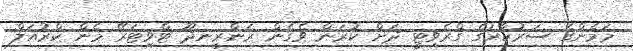
މަމެންގެ ސަރުކާރުގެ ގްރެވިޓީ ދަށް ކުރަން ވެގެން ރަންރީނދޫ ޓްވިޓަރޭ މެން ކްރުއަލް